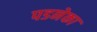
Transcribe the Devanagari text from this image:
पडनेका